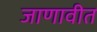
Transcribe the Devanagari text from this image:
जाणावीत